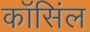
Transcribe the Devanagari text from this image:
कॉसिंल